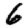
Digit: 6